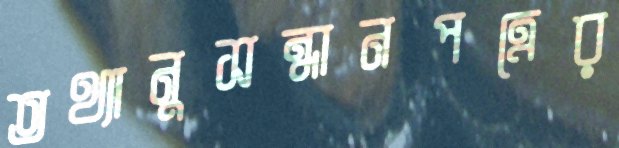
তথ্যানুসন্ধানপত্রের